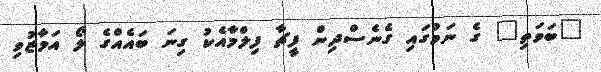
"ބަވަތި" ގެ ނަމުގައި ގެނެސްދިން ފީޗާ ފިލްމާއެކު ގިނަ ބައެއްގެ ލޯ އަމާޒުވި